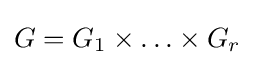
G=G_{1}\times \ldots \times G_{r}